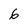
Character: 6